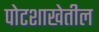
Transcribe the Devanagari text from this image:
पोटशाखेतील